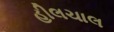
હીલચાલ